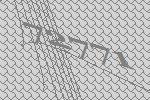
72771